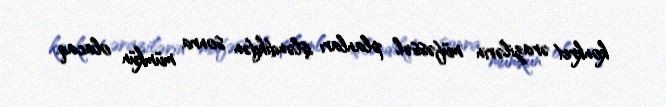
konkret ərazilərin müfəssəl planları işləndikdən sonra mümkün olacaq.